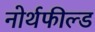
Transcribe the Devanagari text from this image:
नोर्थफील्ड